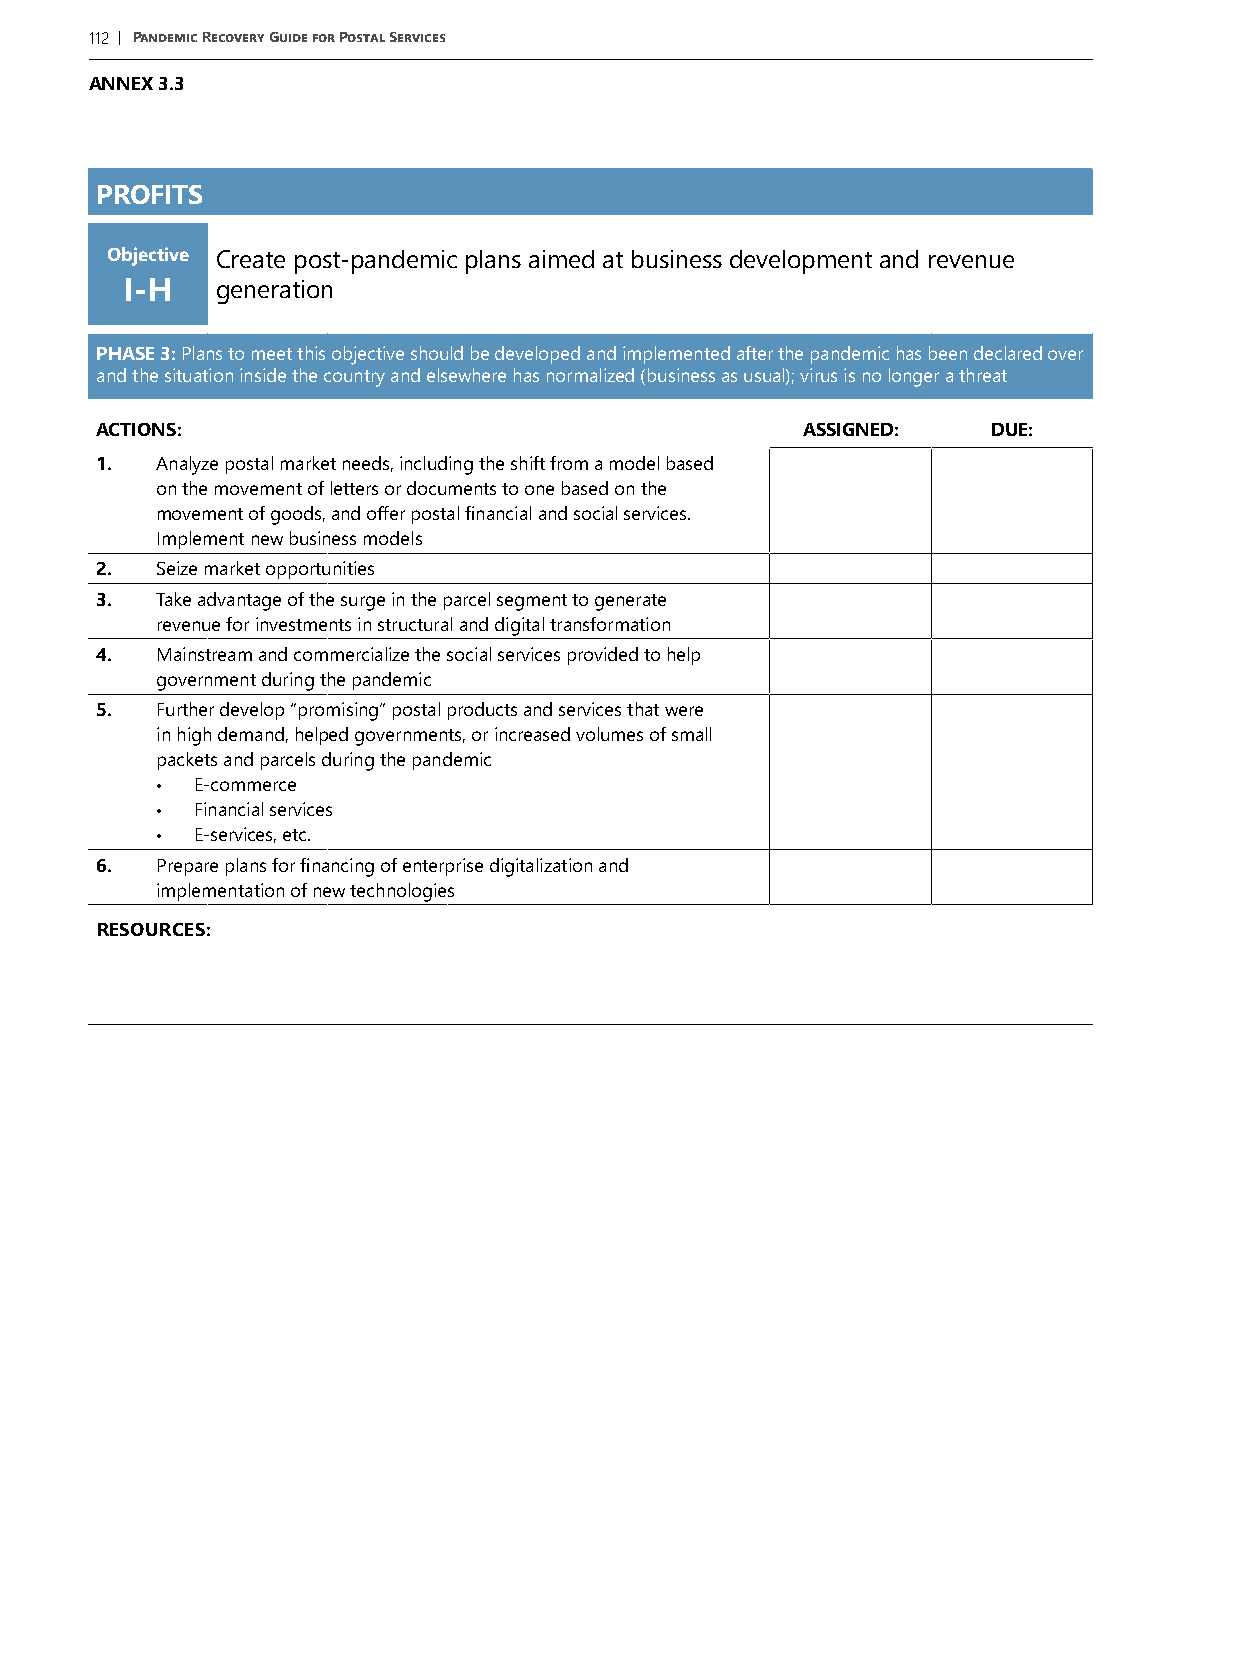
112 | Pandemic Recovery Guide for Postal Services
 ANNEX 3.3
 PROFITS
 Objective Create post-pandemic plans aimed at business development and revenue
 I-H   generation
 PHASE 3: Plans to meet this objective should be developed and implemented after the pandemic has been declared over
 and the situation inside the country and elsewhere has normalized (business as usual); virus is no longer a threat
 ACTIONS:                                       ASSIGNED:    DUE:
 1.  Analyze postal market needs, including the shift from a model based
 on the movement of letters or documents to one based on the
 movement of goods, and offer postal financial and social services.
 Implement new business models
 2.  Seize market opportunities
 3.  Take advantage of the surge in the parcel segment to generate
 revenue for investments in structural and digital transformation
 4.  Mainstream and commercialize the social services provided to help
 government during the pandemic
 5.  Further develop “promising” postal products and services that were
 in high demand, helped governments, or increased volumes of small
 packets and parcels during the pandemic
 •  E-commerce
 •  Financial services
 •  E-services, etc.
 6.  Prepare plans for financing of enterprise digitalization and
 implementation of new technologies
 RESOURCES: